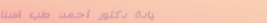
عيادة دكتور أحمد: طب أسنا